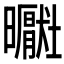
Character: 𪱑